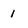
Character: 1